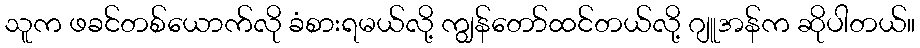
သူက ဖခင်တစ်ယောက်လို ခံစားရမယ်လို့ ကျွန်တော်ထင်တယ်လို့ ဂျူအန်က ဆိုပါတယ်။